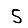
Digit: 5